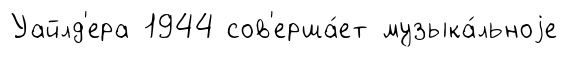
Уайлд'ера 1944 сов'ерша́ет музыка́льноjе